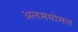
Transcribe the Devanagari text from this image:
अलमयोमल